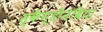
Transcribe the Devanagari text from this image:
स्कैण्डीनेविया